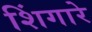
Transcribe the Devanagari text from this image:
शिंगारे